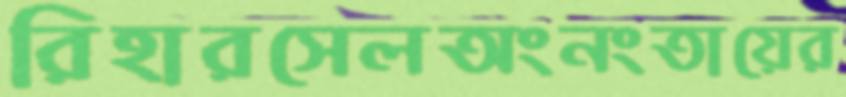
রিহারসেলঅংনংতায়ের